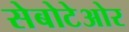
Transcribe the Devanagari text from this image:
सेबोटेओर